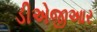
ડીએજીઆર